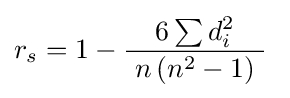
r_{s}=1-{\frac {6\sum d_{i}^{2}}{\ n\left(n^{2}-1\right)\ }}\